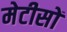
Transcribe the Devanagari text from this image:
मेटीसों